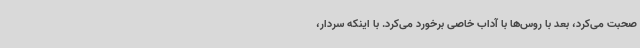
صحبت می‌کرد، بعد با روس‌ها با آداب خاصی برخورد می‌کرد. با اینکه سردار،